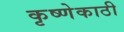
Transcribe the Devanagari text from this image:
कृष्णेकाठी